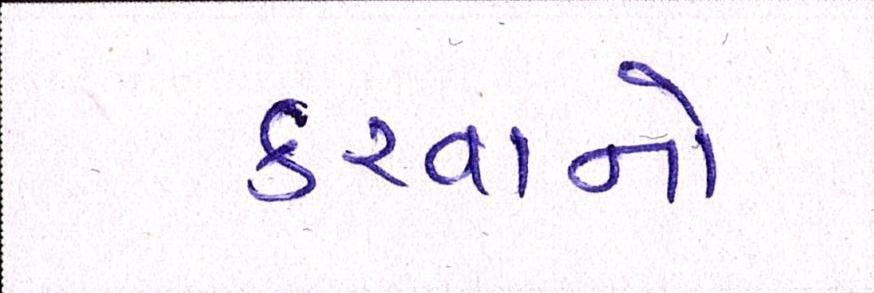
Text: કરવાનો